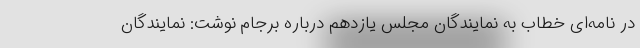
در نامه‌ای خطاب به نمایندگان مجلس یازدهم درباره برجام نوشت: نمایندگان